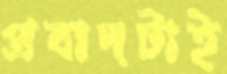
প্রবাদটাই